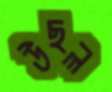
উছল